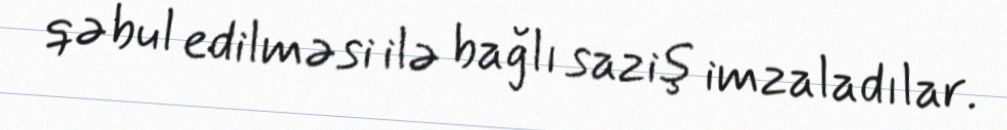
qəbul edilməsi ilə bağlı saziş imzaladılar.